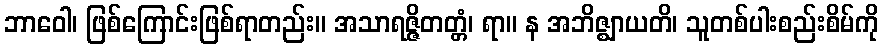
ဘာဝေါ၊ ဖြစ်ကြောင်းဖြစ်ရာတည်း။ အသာရဇ္ဇိတတ္တံ၊ ရာ။ န အဘိဇ္ဈာယတိ၊ သူတစ်ပါးစည်းစိမ်ကို